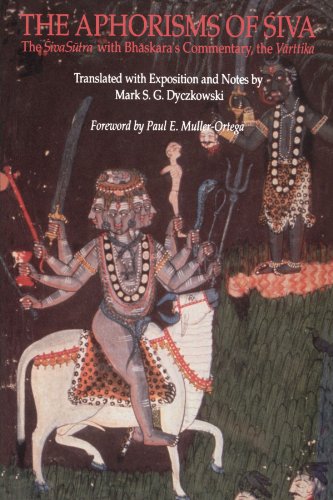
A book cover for The Aphorisms of Siva: The Siva Sutra with Bhaskara's Commentary, the Varttika (Suny Series in Tantric Studies); Mark S. Vasugupta; Religion & Spirituality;